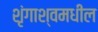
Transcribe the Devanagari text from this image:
शृंगाश्वमधील